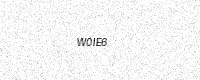
Text: W0IE6